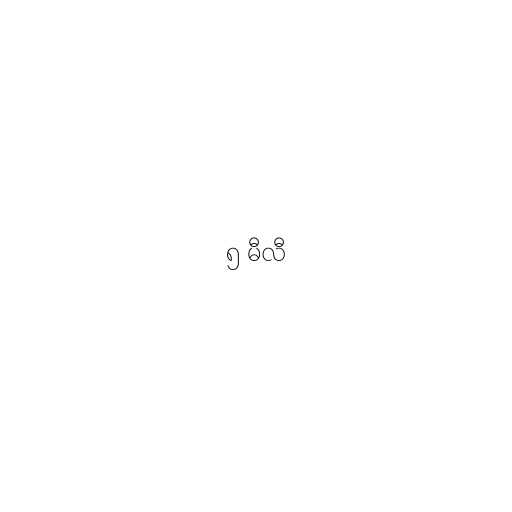
၅ မီလီ